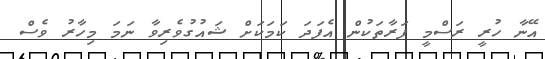
އޭނާ ހުރީ ރަސްމީ ފަރާތަކުން އެފަދަ ކަމަކަށް ޝައުގުވެރިވާ ނަމަ މިހާރު ވެސް